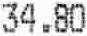
34.80